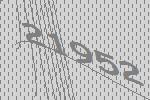
21952